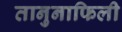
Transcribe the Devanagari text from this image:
तानुनाफिली